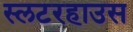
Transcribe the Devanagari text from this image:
स्लटरहाउस